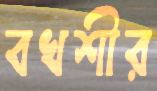
বখশীর